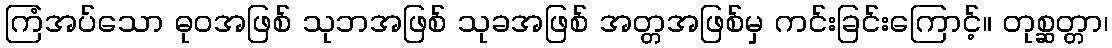
ကြံအပ်သော ဓုဝအဖြစ် သုဘအဖြစ် သုခအဖြစ် အတ္တအဖြစ်မှ ကင်းခြင်းကြောင့်။ တုစ္ဆတ္တာ၊